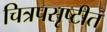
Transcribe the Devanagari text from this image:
चित्रपसृष्टीत